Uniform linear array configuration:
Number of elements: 32
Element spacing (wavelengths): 0.75
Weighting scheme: hamming
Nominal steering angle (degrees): -15
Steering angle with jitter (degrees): -15.764
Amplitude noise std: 0.05
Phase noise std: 0.05

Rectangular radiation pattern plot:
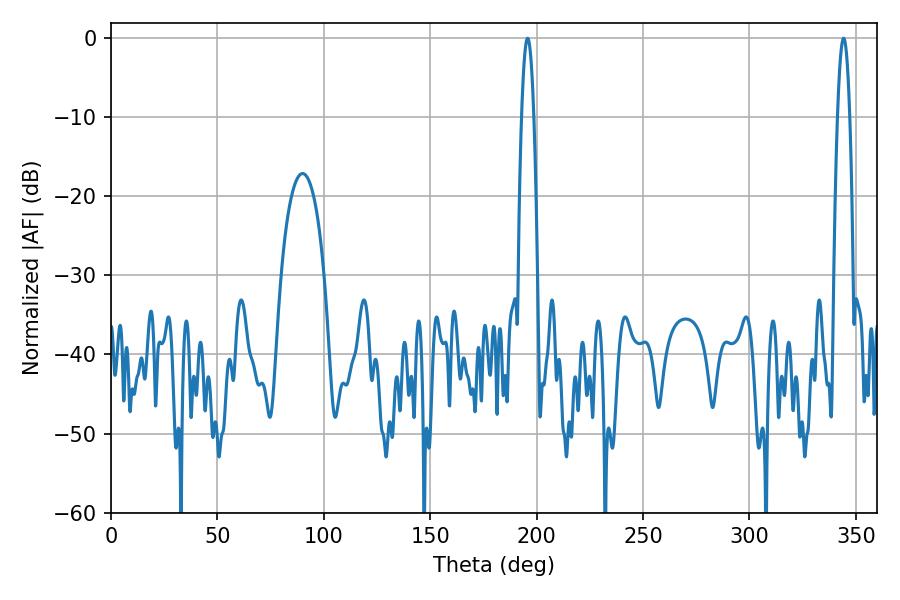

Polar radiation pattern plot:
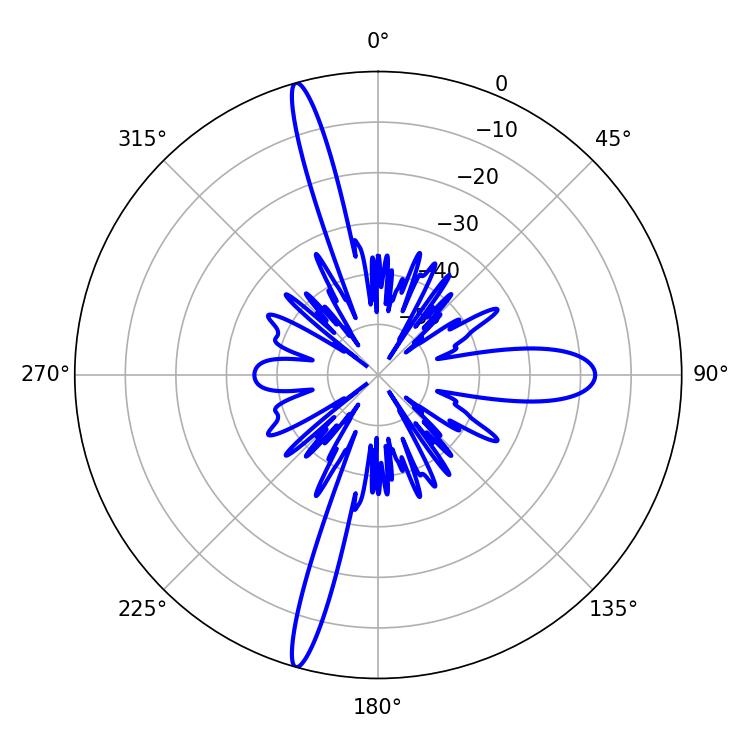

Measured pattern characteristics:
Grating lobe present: TRUE
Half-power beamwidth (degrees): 3.06
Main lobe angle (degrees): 195.84